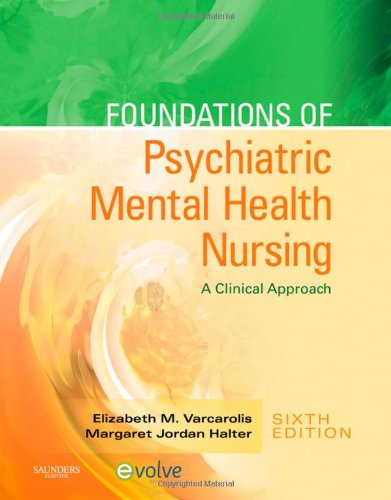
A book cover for Foundations of Psychiatric Mental Health Nursing: A Clinical Approach, 6e; Elizabeth M. Varcarolis RN  MA; Medical Books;